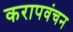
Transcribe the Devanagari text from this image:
करापवंचन